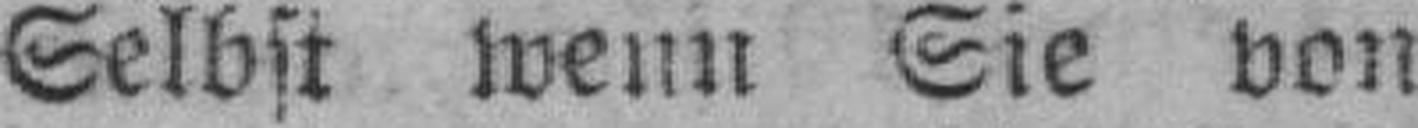
Selbst wenn Sie von